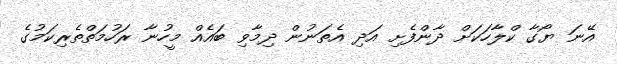
އޭނަ ޔޯގާ ކްލާހަކަށް ދާންފެށި އަދި އެތަނުން ދިމާވި ބައެއް މީހުނާ ރަހުމަތްތެރިކަމުގެ